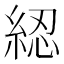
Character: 綛